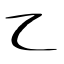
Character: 乙